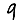
Digit: 9